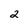
Character: 2